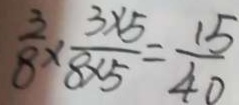
\frac { 3 } { 8 } \times \frac { 3 \times 5 } { 8 \times 5 } = \frac { 1 5 } { 4 0 }